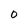
Character: 0